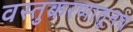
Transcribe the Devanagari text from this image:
वस्तुकरणातूनच